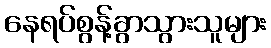
နေရပ်စွန့်ခွာသွားသူများ